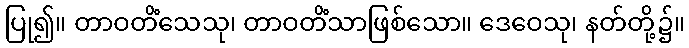
ပြု၍။ တာဝတိံသေသု၊ တာဝတိံသာဖြစ်သော။ ဒေဝေသု၊ နတ်တို့၌။